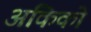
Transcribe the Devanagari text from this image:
अकिको